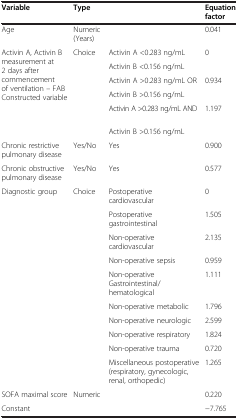
| Variable | Type |  | Equation factor |
 | --- | --- | --- | --- |
 | Age | Numeric (Years) |  | 0.041 |
 | <ROWSPAN=6> Activin A, Activin B measurement at 2 days after commencement of ventilation – FAB Constructed variable | <ROWSPAN=2> Choice | Activin A <0.283 ng/mL | <ROWSPAN=2> 0 |
 | Activin B <0.156 ng/mL |
 | <ROWSPAN=2>  | Activin A >0.283 ng/mL OR | <ROWSPAN=2> 0.934 |
 | Activin B >0.156 ng/mL |
 | <ROWSPAN=2>  | Activin A >0.283 ng/mL AND | <ROWSPAN=2> 1.197 |
 | Activin B >0.156 ng/mL |
 | Chronic restrictive pulmonary disease | Yes/No | Yes | 0.900 |
 | Chronic obstructive pulmonary disease | Yes/No | Yes | 0.577 |
 | Diagnostic group | Choice | Postoperative cardiovascular | 0 |
 |  |  | Postoperative gastrointestinal | 1.505 |
 |  |  | Non-operative cardiovascular | 2.135 |
 |  |  | Non-operative sepsis | 0.959 |
 |  |  | Non-operative Gastrointestinal/hematological | 1.111 |
 |  |  | Non-operative metabolic | 1.796 |
 |  |  | Non-operative neurologic | 2.599 |
 |  |  | Non-operative respiratory | 1.824 |
 |  |  | Non-operative trauma | 0.720 |
 |  |  | Miscellaneous postoperative (respiratory, gynecologic, renal, orthopedic) | 1.265 |
 | SOFA maximal score | Numeric |  | 0.220 |
 | Constant |  |  | -7.765 |